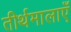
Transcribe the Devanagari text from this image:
तीर्थमालाएँ